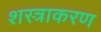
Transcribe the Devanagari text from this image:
शस्त्राकरण